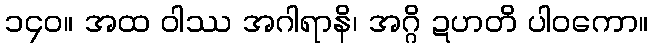
၁၄၀။ အထ ဝါဿ အဂါရာနိ၊ အဂ္ဂိ ဍဟတိ ပါဝကော။